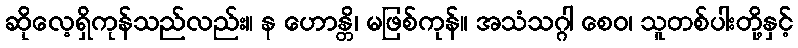
ဆိုလေ့ရှိကုန်သည်လည်း။ န ဟောန္တိ၊ မဖြစ်ကုန်။ အသံသဂ္ဂါ စေဝ၊ သူတစ်ပါးတို့နှင့်